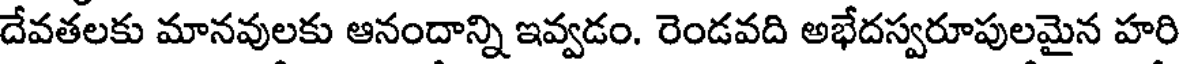
దేవతలకు మానవులకు ఆనందాన్ని ఇవ్వడం. రెండవది అభేదస్వరూపులమైన హరి